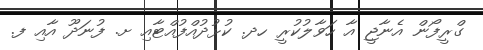
ގްރީފޯން އެނާޖީ އާ ހަވާލުކުރީ ހދ. ކުޅުދުއްފުއްޓާއި ށ. ފުނަދޫ އާއި ފ.